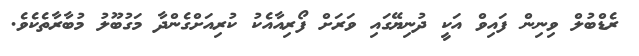
ރެޑްބުލް ވިނިން ފައިވް އަކީ ދުނިޔޭގައި ވަރަށް ފޯރިއާއެކު ކުރިއަށްގެންދާ މަގުބޫލު މުބާރާތެކެވެ.